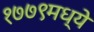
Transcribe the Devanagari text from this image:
१७७९मध्ये